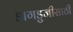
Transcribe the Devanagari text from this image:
डागडुजीसाठी